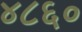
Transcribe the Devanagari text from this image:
४८६०